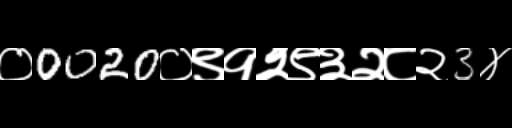
Text: ०0020०९१२९३२८२3४